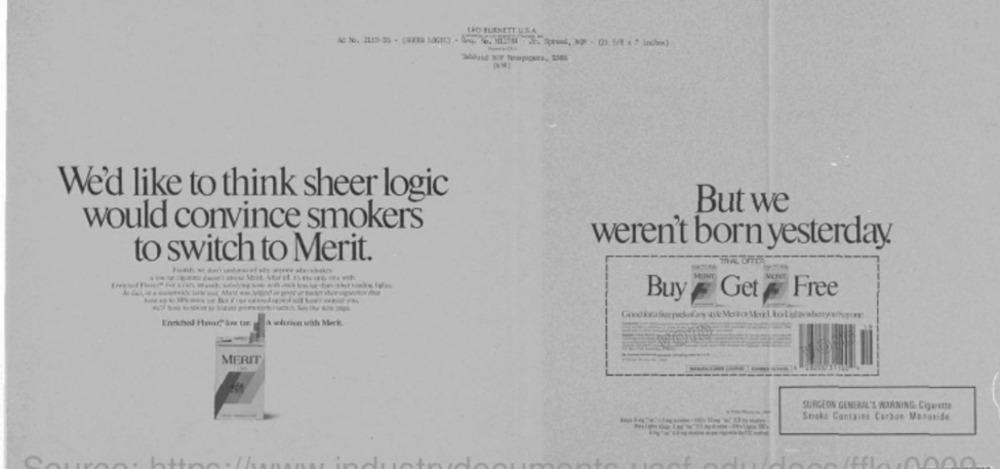
1PO BURNETT U.S.A
We'd like to think sheer logic
But we
would convince smokers
weren't born yesterday
to switch to Merit.
Buy Get Free
Enriched Favor?" kr tHE
MERIT
SURGEON GENERAL'S WARNING. Cigarette
------
Snake Contains Carbon Mosonide